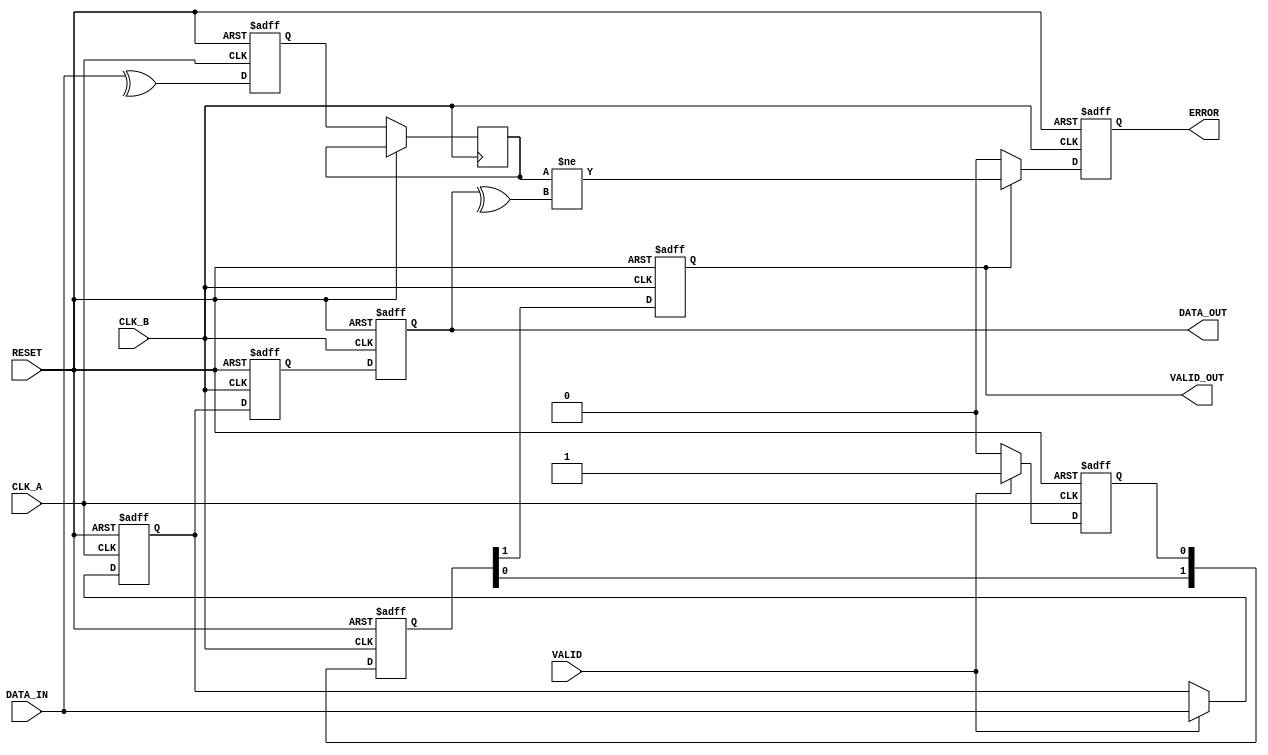
module cdc_with_error_detection (
    input wire CLK_A,          // Source clock domain
    input wire CLK_B,          // Destination clock domain
    input wire RESET,          // Reset signal
    input wire [7:0] DATA_IN,  // Data input in CLK_A domain
    input wire VALID,          // Valid signal in CLK_A domain
    output reg [7:0] DATA_OUT, // Data output in CLK_B domain
    output reg VALID_OUT,      // Valid output in CLK_B domain
    output reg ERROR           // Error signal
);

    reg [7:0] data_reg_a;
    reg valid_reg_a;
    reg parity_bit_a;
    reg [1:0] sync_valid;
    reg [7:0] sync_data;
    reg parity_bit_received;

    // Parity calculation
    always @(posedge CLK_A or posedge RESET) begin
        if (RESET) begin
            parity_bit_a <= 1'b0;
        end else begin
            parity_bit_a <= ^DATA_IN; // Calculate parity
        end
    end

    // Data and VALID signal registration in CLK_A domain
    always @(posedge CLK_A or posedge RESET) begin
        if (RESET) begin
            data_reg_a <= 8'b0;
            valid_reg_a <= 1'b0;
        end else if (VALID) begin
            data_reg_a <= DATA_IN;
            valid_reg_a <= 1'b1;
        end else begin
            valid_reg_a <= 1'b0; // Clear valid when not sending data
        end
    end

    // Dual flip-flop synchronizer for DATA_IN
    always @(posedge CLK_B or posedge RESET) begin
        if (RESET) begin
            sync_data <= 8'b0;
        end else begin
            sync_data <= data_reg_a; // synchronized data
        end
    end

    // Dual flip-flop synchronizer for VALID signal
    always @(posedge CLK_B or posedge RESET) begin
        if (RESET) begin
            sync_valid <= 2'b0;
        end else begin
            sync_valid[0] <= valid_reg_a; // First stage
            sync_valid[1] <= sync_valid[0]; // Second stage
        end
    end

    // Assigning synchronized data and valid signal
    always @(posedge CLK_B or posedge RESET) begin
        if (RESET) begin
            DATA_OUT <= 8'b0;
            VALID_OUT <= 1'b0;
            ERROR <= 1'b0;
        end else begin
            DATA_OUT <= sync_data;
            VALID_OUT <= sync_valid[1]; // Output valid signal
            parity_bit_received <= parity_bit_a; // Store received parity
            if (VALID_OUT) begin
                // Check for parity error
                ERROR <= (parity_bit_received != ^DATA_OUT); // Compare parity
            end else begin
                ERROR <= 1'b0; // No error if not valid
            end
        end
    end

endmodule